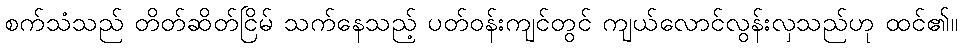
စက်သံသည် တိတ်ဆိတ်ငြိမ် သက်နေသည့် ပတ်ဝန်းကျင်တွင် ကျယ်လောင်လွန်းလှသည်ဟု ထင်၏။